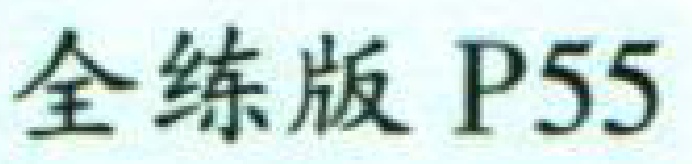
全练版 P55